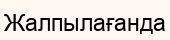
Жалпылағанда